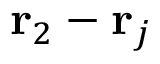
{ \bf r } _ { 2 } - { \bf r } _ { j }